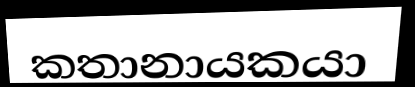
කතානායකයා